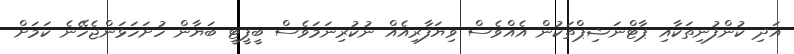
އަދި ކުންފުނިތަކާއި ޕާޓްނަޝިޕްތަކުން އެއްވެސް ވިޔަފާރިއެއް ނުކުރިނަމަވެސް ބީޕީޓީ ބަޔާން ހުށަހަޅަންޖެހޭނެ ކަމަށް